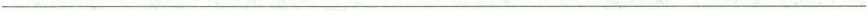
___